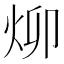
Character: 㶯